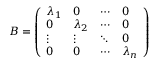
B = { \left( \begin{array} { l l l l } { \lambda _ { 1 } } & { 0 } & { \cdots } & { 0 } \\ { 0 } & { \lambda _ { 2 } } & { \cdots } & { 0 } \\ { \vdots } & { \vdots } & { \ddots } & { 0 } \\ { 0 } & { 0 } & { \cdots } & { \lambda _ { n } } \end{array} \right) }